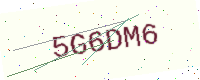
Text: 5G6DM6